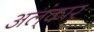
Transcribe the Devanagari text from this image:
अल्ंकार